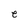
Character: e